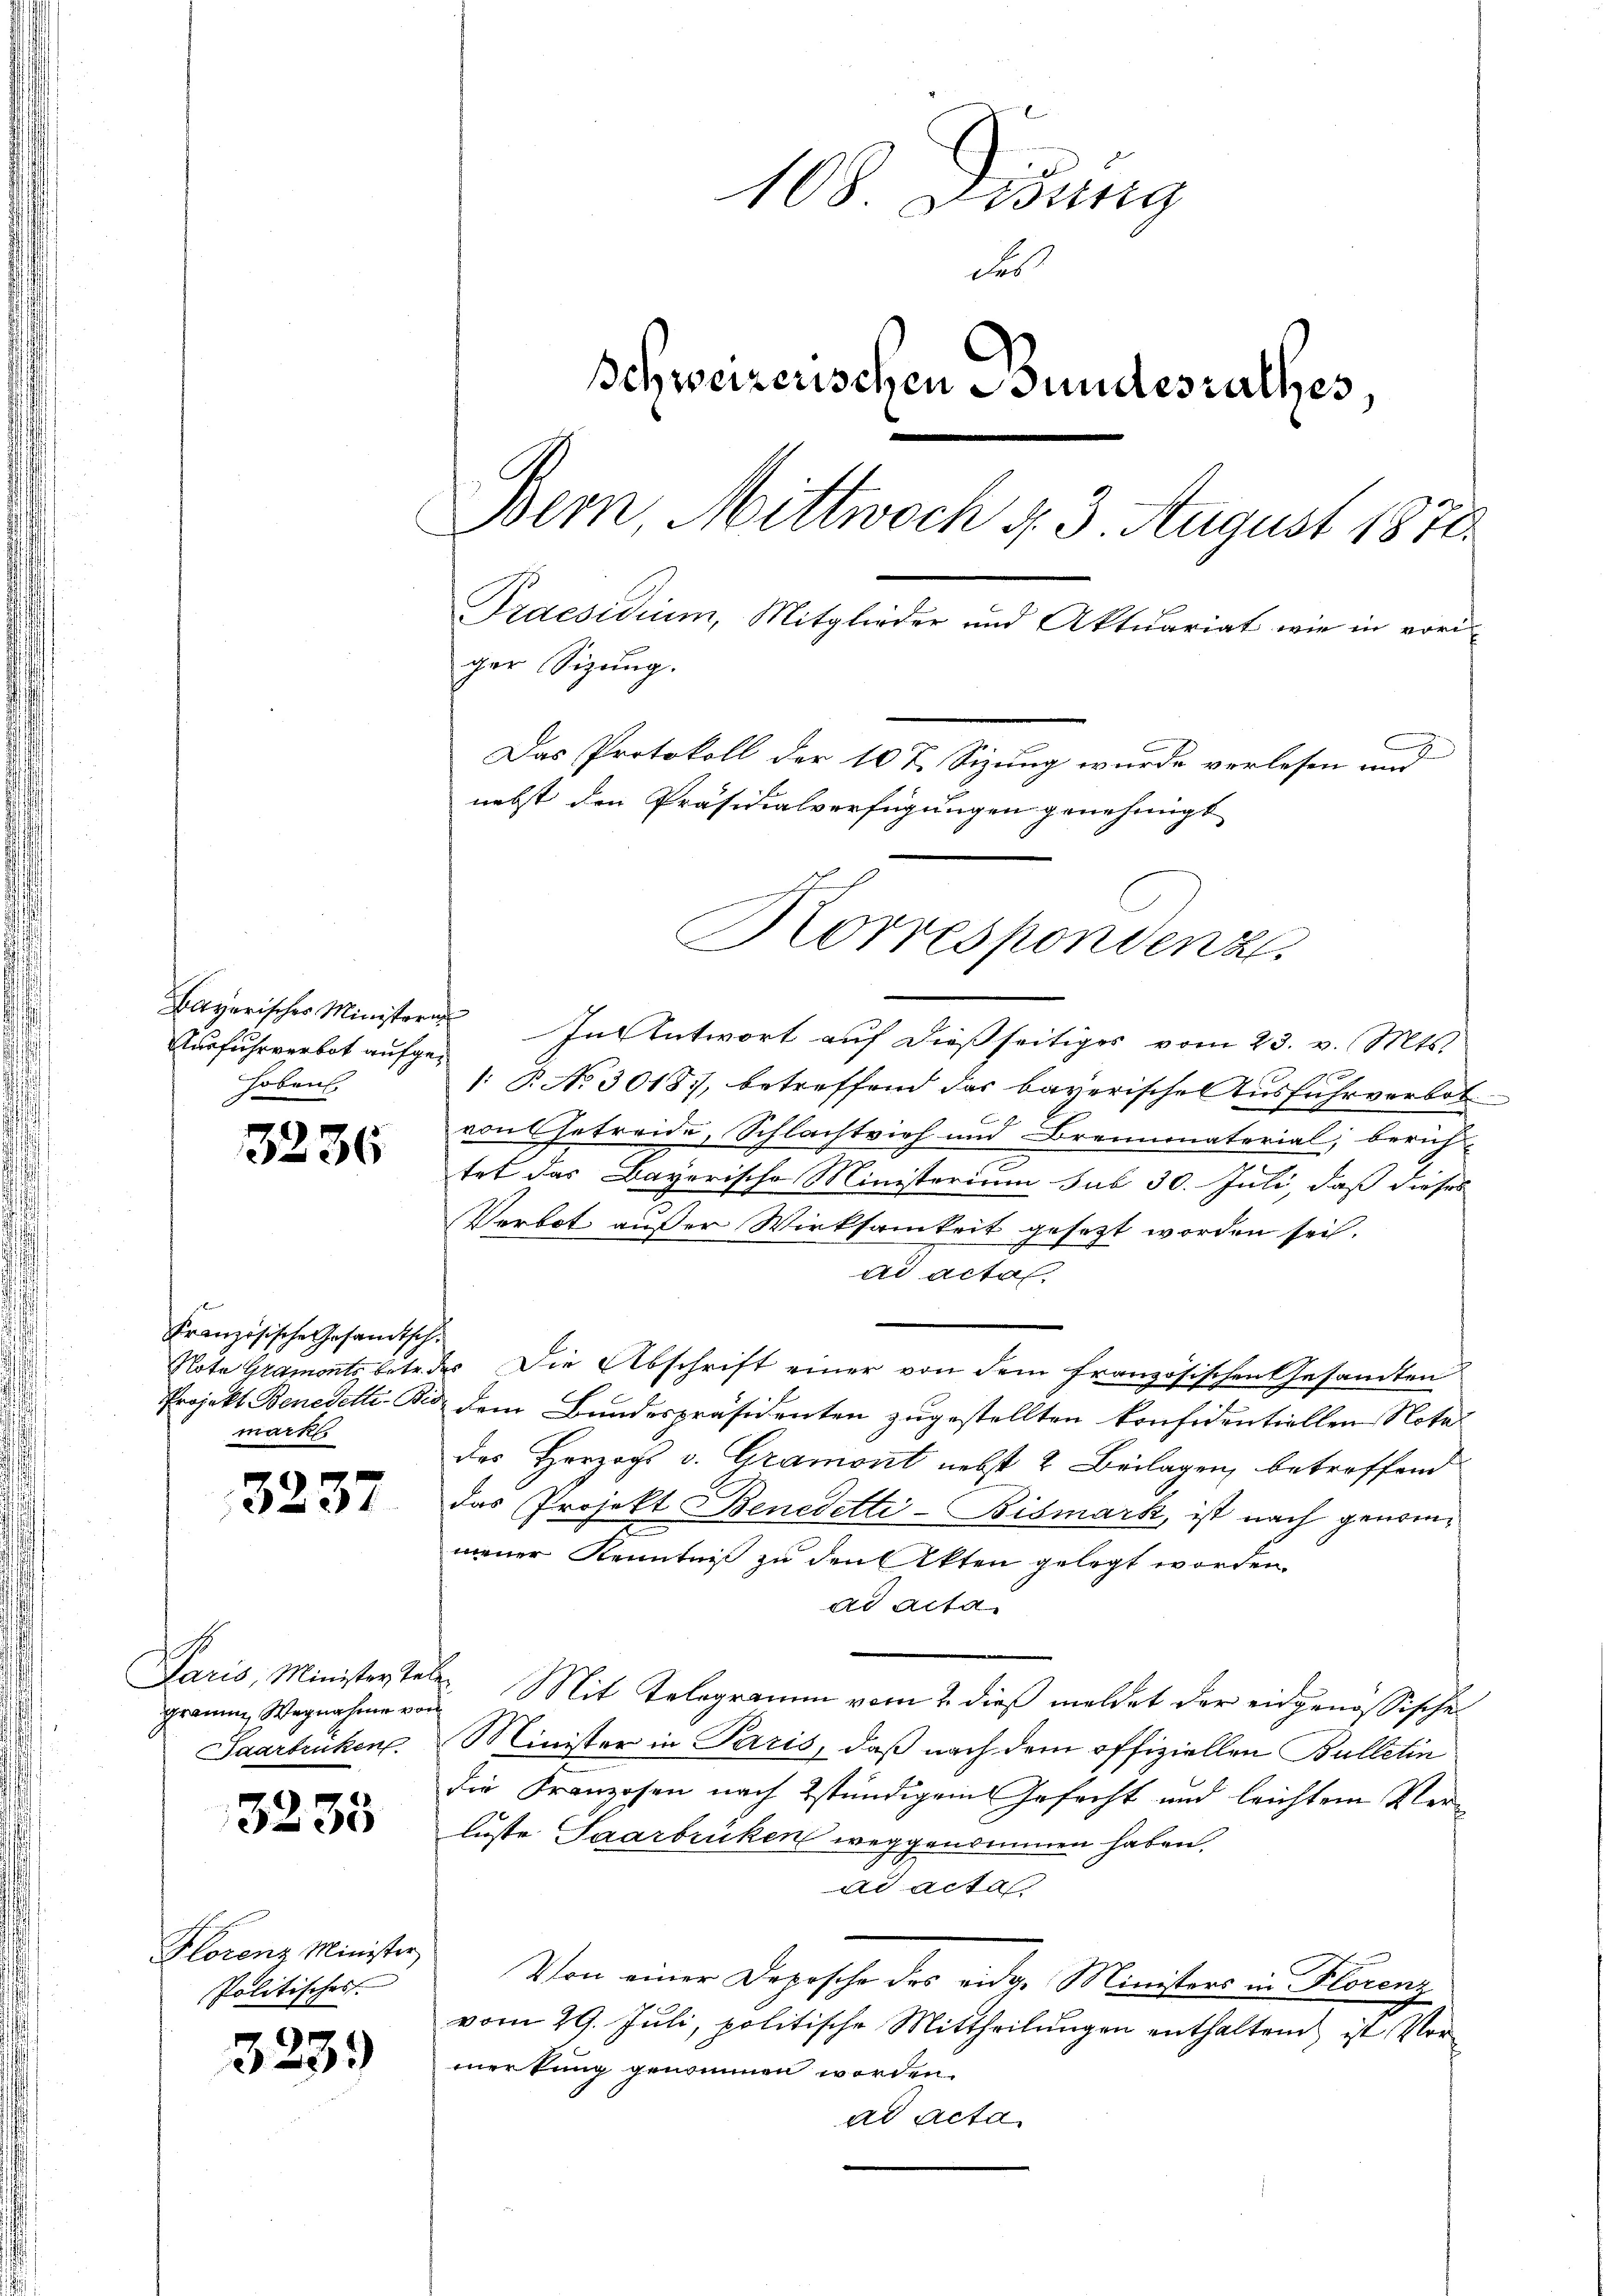
Bayerisches Ministera¬
Ausfuhrverbot aufgehoben.

3236

Französische Gesandtsch.
Note Gramonts betr. d
Projekt Benedelte. Bie
markt.

323

s
Paris, Minister Tele
gramm, Wegnahme von
Saarbrücken

3235

Hlorenz Minister
Politisches

3239)

108 Didung
der
Schweizerischen Bundesrathes,
Bern Mittwoch d. 3 August 1878.
Praesidium, Mitglieder und Aktuariat wie in vori
ger Sizung.
C
2
Das Protokoll der 10 t Sizung wurde verlesen und
nebst den Präsidialverfügungen genehmigt

¬
In Antwort auf dießseitiges vom 23. v. Mts.
: P. No 30157, betreffend das bayerische Ausfuhrverbot
von Getreide, Schlachtvieh und Brennmaterial, bericht
tet das Bayerische Ministerium sub 30. Juli, daß dieses
Verbot außer Wirksamkeit gesezt worden sei.
ad acta
r. Die Abschrift einer von dem französischen Gesamten
dem Bundespräsidenten zugestellten konfidentiellen Nota-
des Herzogs v. Gramont nebst 2 Beilagen, betreffend
das Projekt Benedetti-Bismark, ist nach genommener Kenntniß zu den Akten gelegt worden.
ad Acta.
2. Mit Telegramm vom 2. dieß meldet der eidgenössische
Minister in Paris, daß nach dem offiziellen Bulletin
die Franzosen nach stündigem Gefecht und leichtem Verluste Saarbrücken weggenommen haben.
ad acta
Von einer Depesche des eidg. Ministers in Florenz
vom 29. Juli, politische Mittheilungen enthaltend ist Vormerkung genommen worden.
ad acta

Korrespondenz.